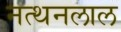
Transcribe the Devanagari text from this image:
नत्थनलाल